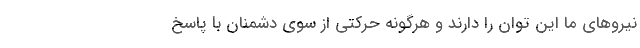
نیروهای ما این توان را دارند و هرگونه حرکتی از سوی دشمنان با پاسخ